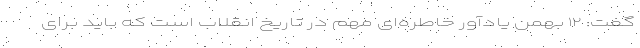
گفت: ۱۲ بهمن یادآور خاطره‌ای مهم در تاریخ انقلاب است که باید برای